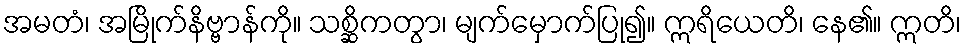
အမတံ၊ အမြိုက်နိဗ္ဗာန်ကို။ သစ္ဆိကတွာ၊ မျက်မှောက်ပြု၍။ ဣရိယေတိ၊ နေ၏။ ဣတိ၊